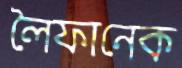
লৈফানেক